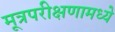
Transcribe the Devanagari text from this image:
मूत्रपरीक्षणामध्ये